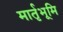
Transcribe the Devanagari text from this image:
मार्तृभूमि